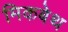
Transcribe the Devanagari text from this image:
मिकबेथ